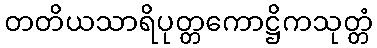
တတိယသာရိပုတ္တကောဋ္ဌိကသုတ္တံ